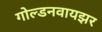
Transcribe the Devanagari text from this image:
गोल्डनवायझर